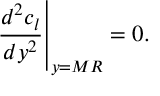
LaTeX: \left. { \frac { d ^ { 2 } c _ { l } } { d y ^ { 2 } } } \right| _ { y = M R } = 0 .